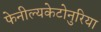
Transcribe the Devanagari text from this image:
फेनील्यकेटोनुरिया